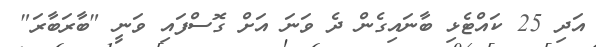
އަދި 25 ކައްޓެޅި ބާނައިގެން ދެ ވަނަ އަށް ގޮސްފައި ވަނީ "ބާރަބާރަ"